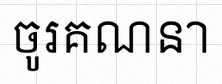
ចូរគណនា